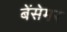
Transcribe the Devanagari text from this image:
बेंसेमर